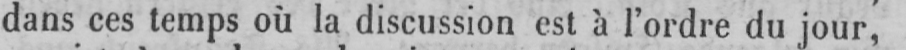
dans ces temps où la discussion est à l’ordre du jour,